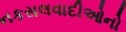
નકસલવાદીઓનો